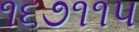
૧૬૭૧૧૫